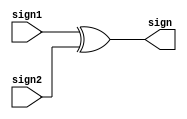
module Calc_Sign(input sign1, input sign2, output sign); //calculates the final sign i.e. xor of sign1 and sign2
	assign sign = sign1^sign2;
endmodule